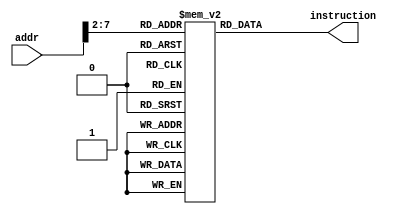
//////////////////////////////////////////////////////////////////////////////////
// Company: 
// Engineer: 
// 
// Design Name: 
// Module Name: InstMem
// Project Name: 
// Target Devices: 
// Tool Versions: 
// Description: 
// 
// Dependencies: 
// 
// Revision:
// Revision 0.01 - File Created
// Additional Comments:
// 
//////////////////////////////////////////////////////////////////////////////////
`timescale 1ns / 1ps

// Module Definition
module InstMem(input [7:0] addr, output wire [31:0] instruction);
    // Define the instruction memory module behavior
    reg [31:0] Instruction_memory [63:0];
    
    initial begin
    Instruction_memory[0]   = 32'h00007033;  // and  R0, R0, R0
    Instruction_memory[1]   = 32'h00100093;  // addi R1, R0, 1
    Instruction_memory[2]   = 32'h00200113;  // addi R2, R0, 2
    Instruction_memory[3]   = 32'h00308193;  // addi R3, R1, 3
    Instruction_memory[4]   = 32'h00408213;  // addi R4, R1, 4
    Instruction_memory[5]   = 32'h00510293;  // addi R5, R2, 5
    Instruction_memory[6]   = 32'h00610313;  // addi R6, R2, 6
    Instruction_memory[7]   = 32'h00718393;  // addi R7, R3, 7     
    Instruction_memory[8]   = 32'h00208433;  // add  R8, R1, R2
    Instruction_memory[9]   = 32'h404404B3;  // sub  R9, R8, 4
    Instruction_memory[10]  = 32'h00317533;  // and R10, R2, R3
    Instruction_memory[11]  = 32'h0041E5B3;  // or  R11, R3, R4
    Instruction_memory[12]  = 32'h0041A633;  // R3 < R4 ? R12 = 1
    Instruction_memory[13]  = 32'h007346B3;  // nor R13, R6, R7
    Instruction_memory[14]  = 32'h4D34F713;  // andi R14, R9, "4D3"
    Instruction_memory[15]  = 32'h8D35E793;  // ori  R15, R11, "8D3"
    Instruction_memory[16]  = 32'h4D26A813;  // R13 < "4d2" ? R16 = 1
    Instruction_memory[17]  = 32'h4D244893;  // nori R17, R8, "4D2"
    Instruction_memory[18] = 32'h02b02823; // sw r11, 48(r0) alu result = 32'h00000030
    Instruction_memory[19] = 32'h03002603; // lw r12, 48(r0) alu result = 32'h00000030 , r12 = 32'h00000005
    end
    
    assign instruction = Instruction_memory[addr[7:2]];
endmodule // InstMem